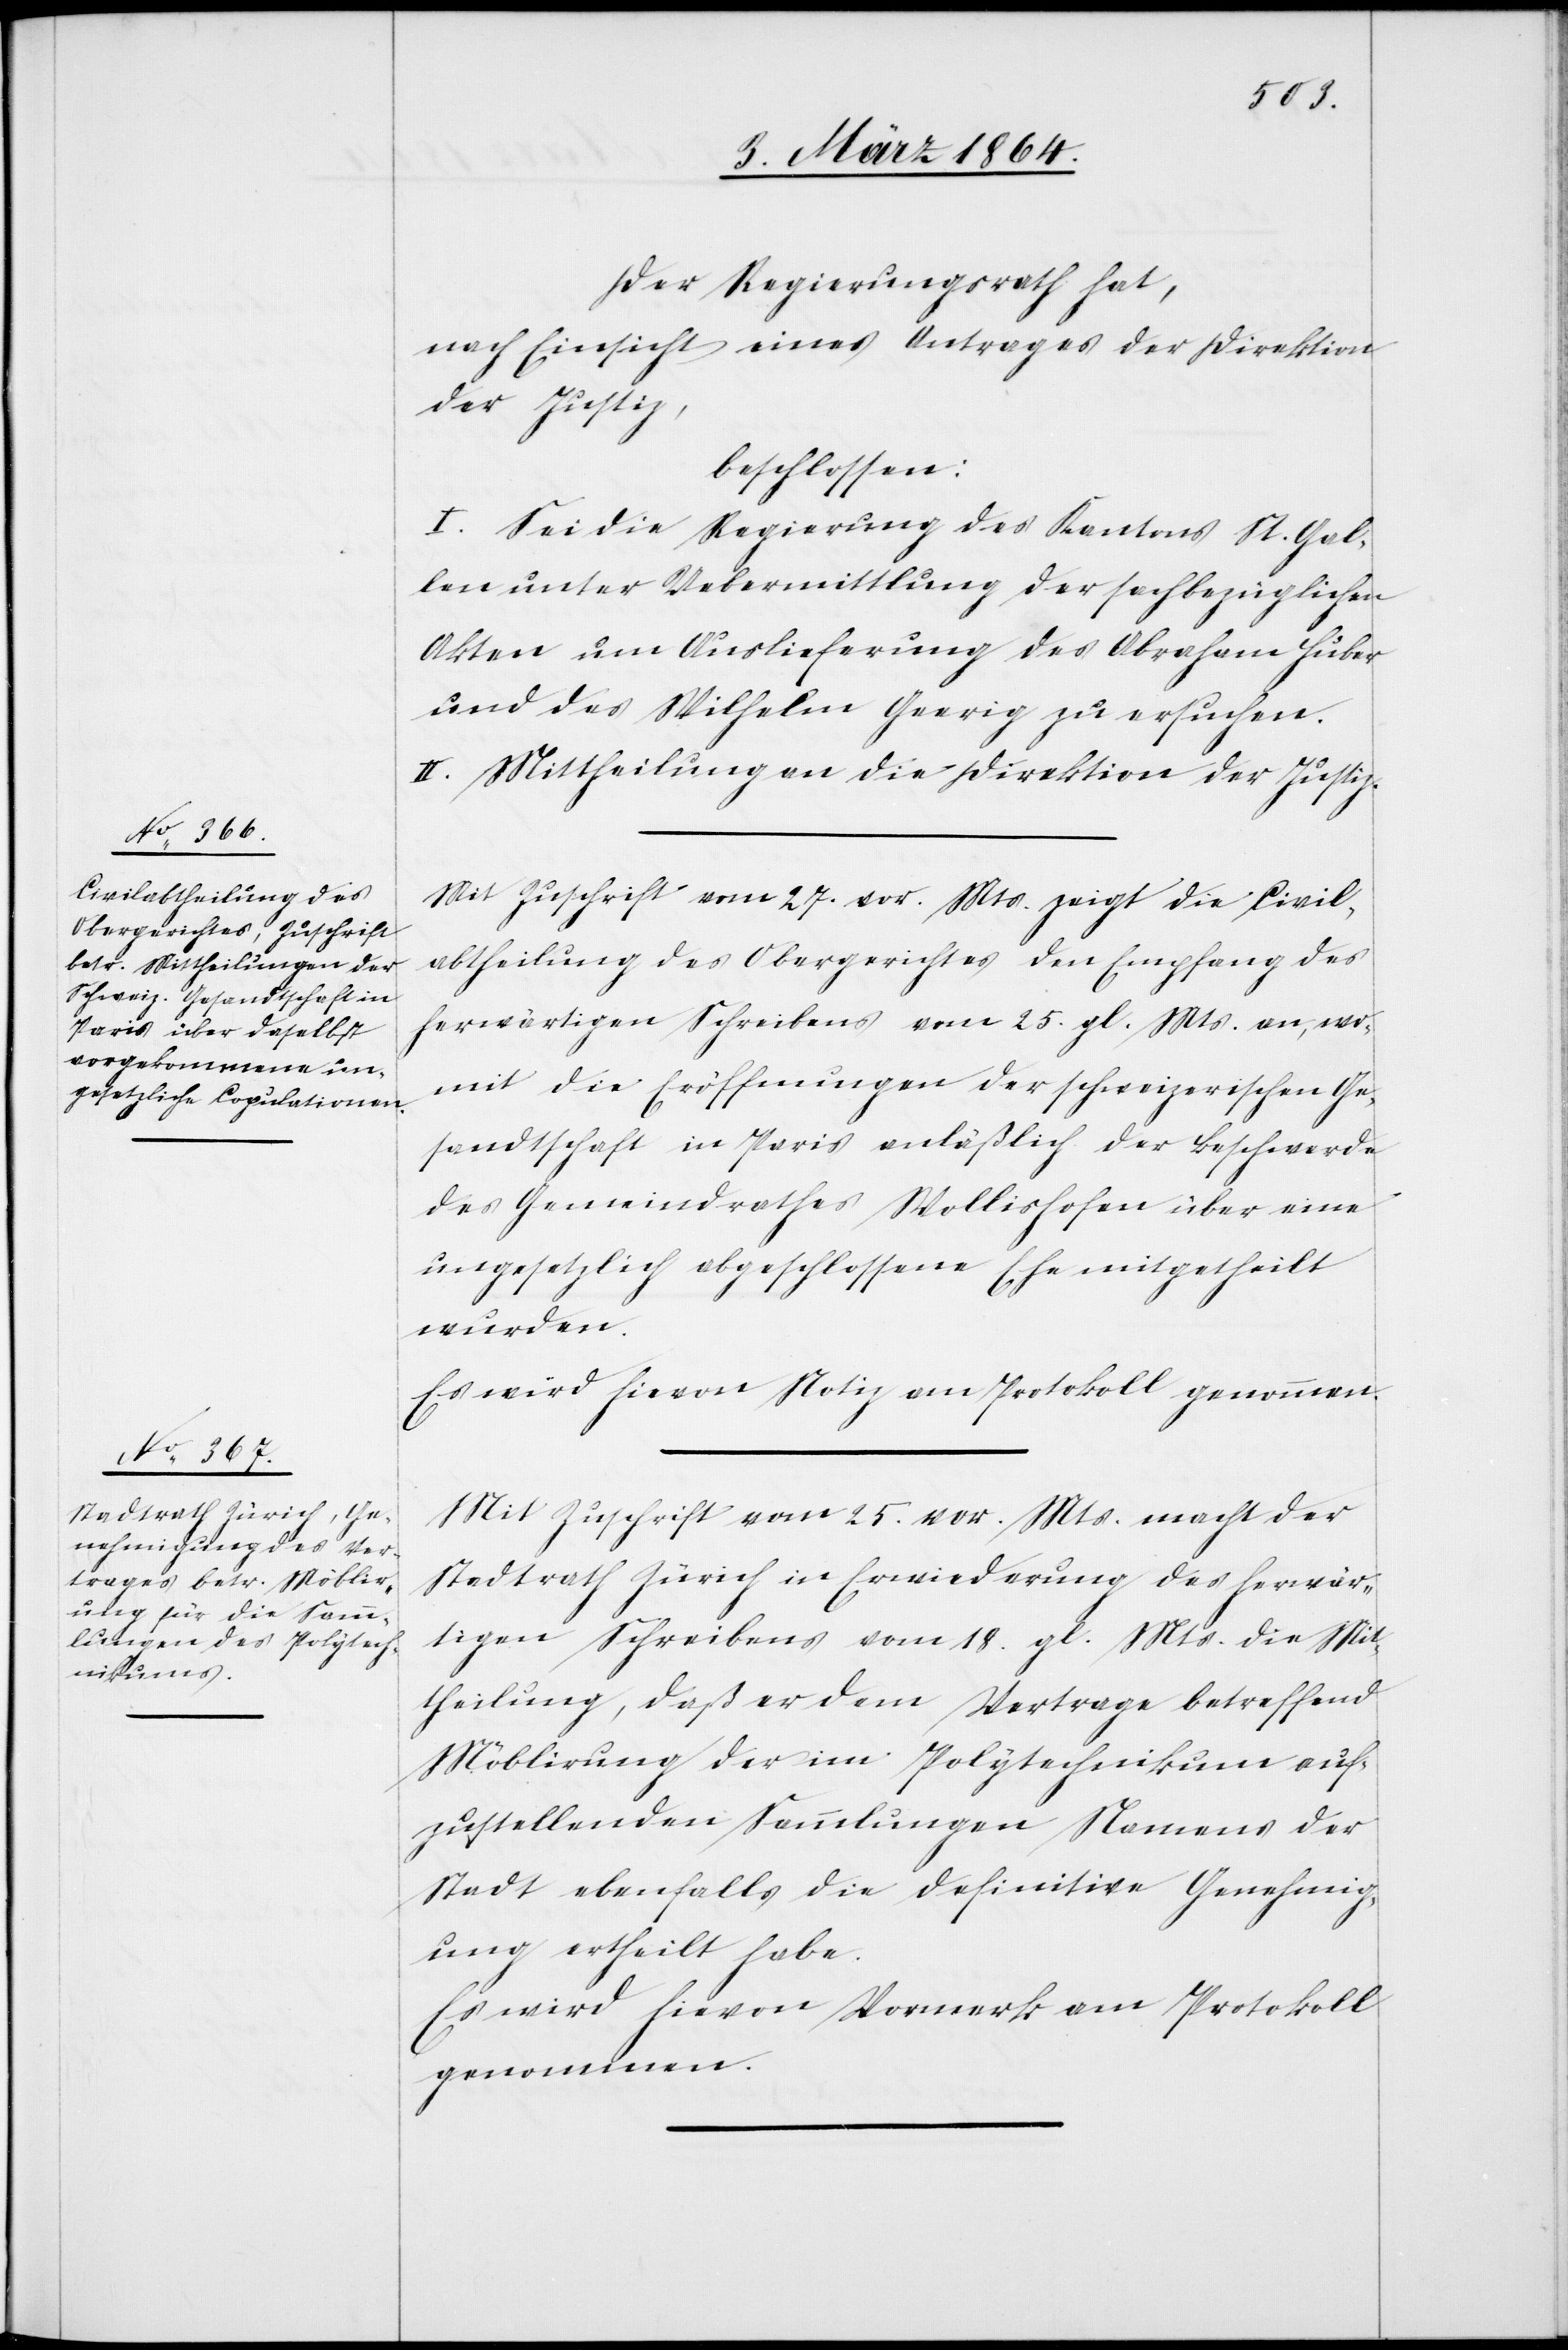
Der Regierungsrath hat,
nach Einsicht eines Antrages der Direktion
der Justiz,
beschlossen:
I. Sei die Regierung des Kantons St. Gal¬
len unter Uebermittlung der sachbezüglichen
Akten um Auslieferung des Abraham Huber
und des Wilhelm Geerig zu ersuchen.
II. Mittheilung an die Direktion der Justiz.
Mit Zuschrift vom 27. vor. Mts. zeigt die Civil¬
abtheilung des Obergerichtes den Empfang des
herwärtigen Schreibens vom 25. gl. Mts. an, wo¬
mit die Eröffnungen der schweizerischen Ge¬
sandtschaft in Paris anläßlich der Beschwerde
des Gemeindrathes Wollishofen über eine
ungesetzlich abgeschlossene Ehe mitgetheilt
wurden.
Es wird hievon Notiz am Protokoll genommen.
Mit Zuschrift vom 25. vor. Mts. macht der
Stadtrath Zürich in Erwiederung des herwär¬
tigen Schreibens vom 18. gl. Mts. die Mit¬
theilung, daß er dem Vertrage betreffend
Möblirung der im Polytechnikum auf¬
zustellenden Sammlungen Namens der
Stadt ebenfalls die definitive Genehmig¬
ung ertheilt habe.
Es wird hievon Vermerk am Protokoll
genommen.